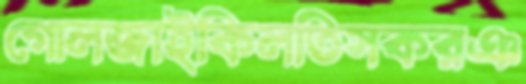
গোলজাইকিলতিসকরঞ